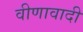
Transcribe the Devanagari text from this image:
वीणावादी